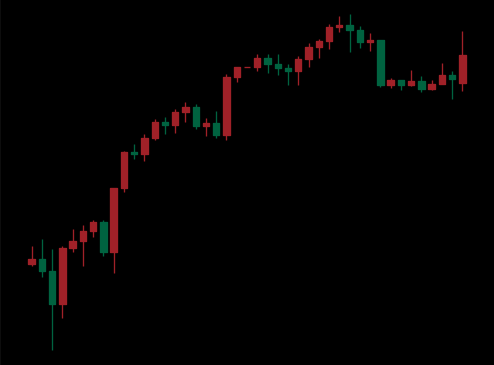
Pattern: bear_flag